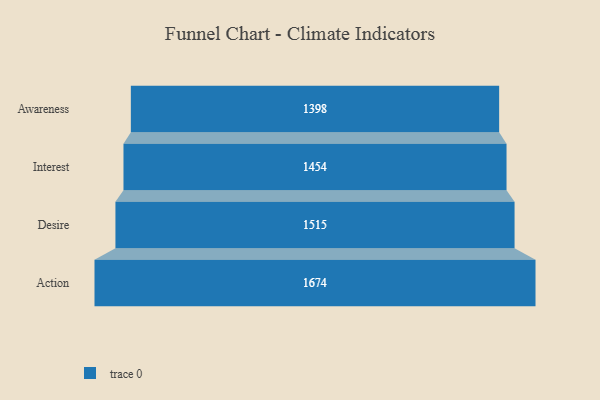
{"axis": {"x": "Stage", "y": "Value"}, "legend": [""], "data": [{"x": "Awareness", "y": 1398.0, "type": ""}, {"x": "Interest", "y": 1454.0, "type": ""}, {"x": "Desire", "y": 1515.0, "type": ""}, {"x": "Action", "y": 1674.0, "type": ""}]}